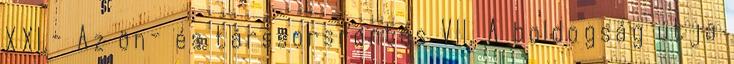
XXI.- Az ön- és társsorsrontás VII. A boldogság útja